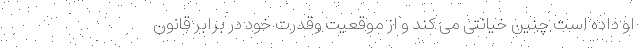
او داده است چنین خیانتی می کند و از موقعیت وقدرت خود در برابر قانون